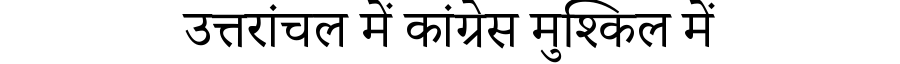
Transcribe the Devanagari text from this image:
उत्तरांचल में कांग्रेस मुश्किल में